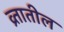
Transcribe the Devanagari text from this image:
व्र्तातील